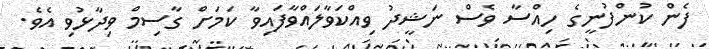
ފެން ކުންފުނީގެ ހިއްސާ ވެސް ނަޝީދު ވިއްކަވާލައްވާފައިވާ ކަމަށް ގާސިމް ވިދާޅުވި އެވެ.